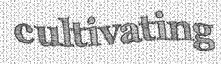
cultivating